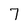
Character: 7